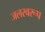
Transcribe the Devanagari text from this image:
जलस्वरूप